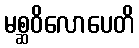
မစ္ဆဝိလောပေတိ